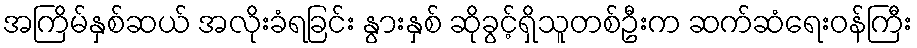
အကြိမ်နှစ်ဆယ် အလိုးခံရခြင်း နွားနှစ် ဆိုခွင့်ရှိသူတစ်ဦးက ဆက်ဆံရေးဝန်ကြီး